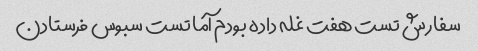
سفارش تست هفت غله داده بودم آما تست سبوس فرستادن